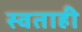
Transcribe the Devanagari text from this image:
स्वताही